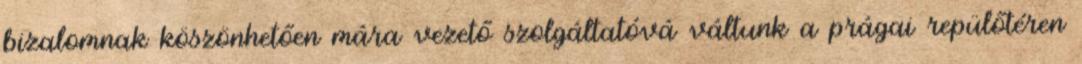
bizalomnak köszönhetően mára vezető szolgáltatóvá váltunk a prágai repülőtéren